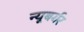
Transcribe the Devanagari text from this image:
न्यूबर्गर